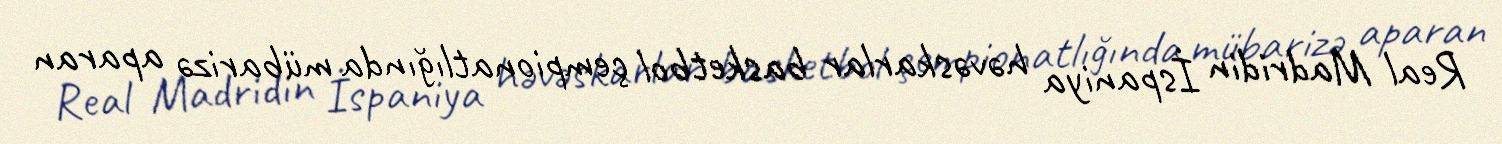
Real Madridin İspaniya həvəskarlar basketbol çempionatlığında mübarizə aparan